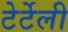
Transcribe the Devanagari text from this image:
टेर्टेली